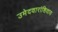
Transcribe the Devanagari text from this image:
उमेदवारांशिवाय